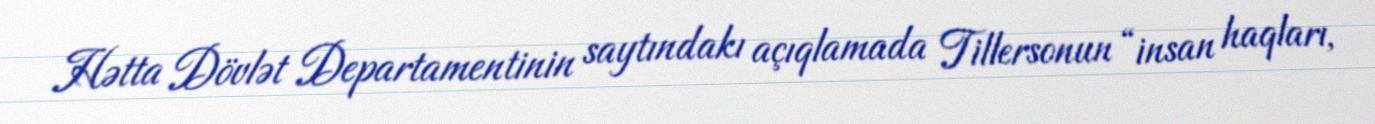
Hətta Dövlət Departamentinin saytındakı açıqlamada Tillersonun “insan haqları,